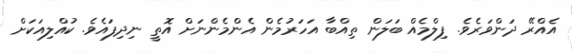
އެއްރޭ ދަންވަރެވެ. ފިލްމެއް ބަލަން ތިއްބާ އަހަރުމެން އެންމެންނަށް އޮތީ ނިދިފައެވެ. ކުއްލިއަކަށް